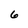
Character: 6